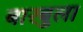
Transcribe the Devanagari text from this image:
बारबुला